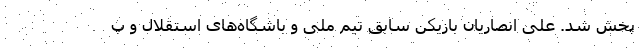
پخش شد. علی انصاریان بازیکن سابق تیم ملی و باشگاه‌های استقلال و پ